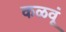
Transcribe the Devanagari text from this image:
कळवूं